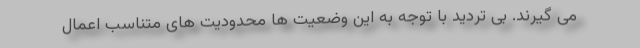
می گیرند. بی تردید با توجه به این وضعیت ها محدودیت های متناسب اعمال